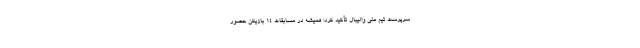
سرپرست تیم ملی والیبال تأکید کرد: همیشه در مسابقات ۱۴ بازیکن حضور